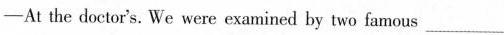
—Athe doctor's. We were examined by two famous ___